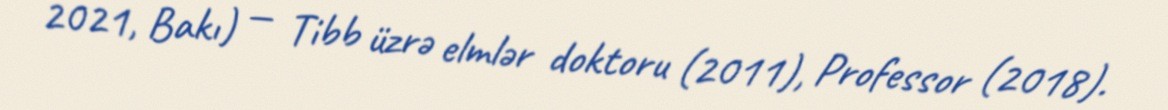
2021, Bakı) — Tibb üzrə elmlər doktoru (2011), Professor (2018).